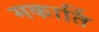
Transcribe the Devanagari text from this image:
मकार्ति